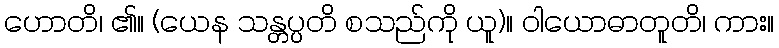
ဟောတိ၊ ၏။ (ယေန သန္တပ္ပတိ စသည်ကို ယူ)။ ဝါယောဓာတူတိ၊ ကား။